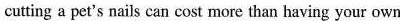
cutting a pet's nails can cost more than having your own